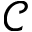
\mathcal { C }